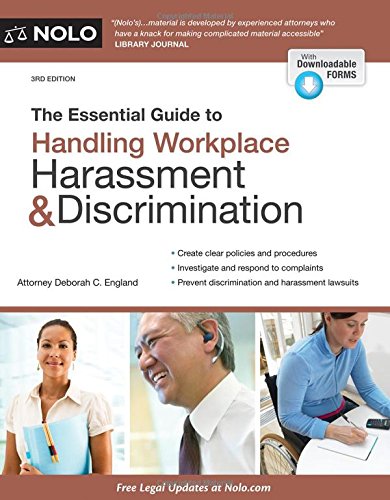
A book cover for Essential Guide to Handling Workplace Harassment & Discrimination, The; Deborah C. England Attorney; Law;